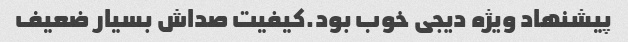
پیشنهاد ویژه دیجی خوب بود.کیفیت صداش بسیار ضعیف